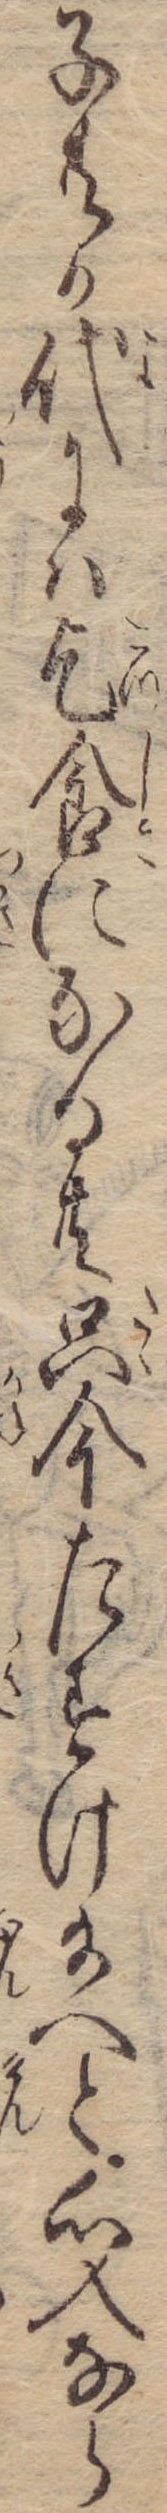
子共か代には乞食になる共只今たすけ給へと心入なら